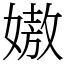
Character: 㜜